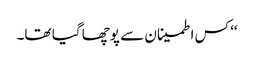
‘‘ کس اطمینان سے پوچھا گیا تھا۔